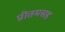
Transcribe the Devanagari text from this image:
प्रीतमसह